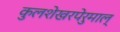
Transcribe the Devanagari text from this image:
कुलशेखरपेरुमाल्